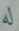
له